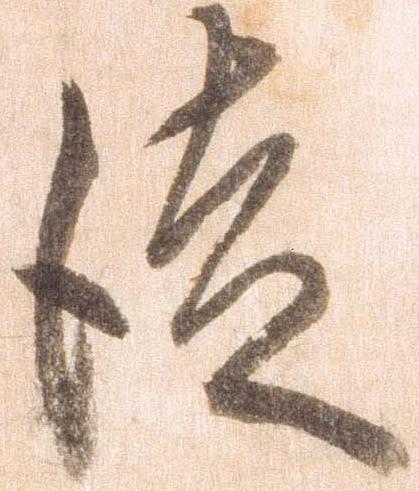
徒